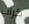
كراب